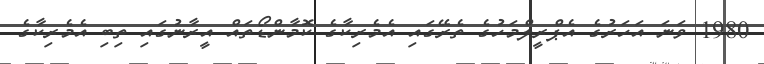
1980 ވަނަ އަހަރުގެ އެޕްރީލްމަހުގެ ތެރޭގައި އެމެރިކާގެ ކޮމާންޑޯތައް އީރާނުގައި ތިބި އެމެރިކާގެ